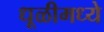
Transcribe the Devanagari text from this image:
धूळीमध्ये